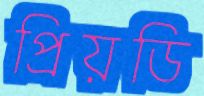
প্রিয়ডি